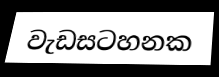
වැඩසටහනක